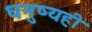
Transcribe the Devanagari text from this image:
धनुष्यही